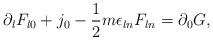
LaTeX: \begin{align*}\partial_l F_{l0} + j_0 -\frac{1}{2}m\epsilon_{ln}F_{ln} = \partial_0 G, \end{align*}